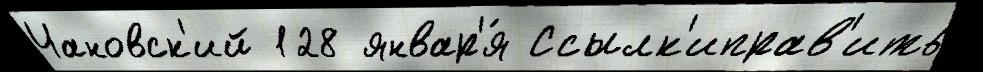
Чановск'ий 128 январ'я́ Ссылк'иправ'ить